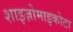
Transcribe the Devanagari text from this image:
शाइज़ोमाइकोटा